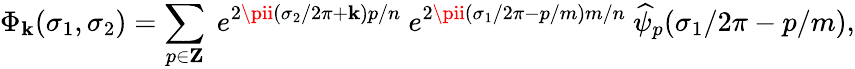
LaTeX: \Phi_{\mathbf{k}}(\sigma_{1},\sigma_{2})=\sum_{p\in{\mathbf{Z}}}~e^{2\pii(\sigma_{2}/2\pi+\mathbf{k})p/n}~e^{2\pii(\sigma_{1}/2\pi-p/m)m/n}~\widehat{{\psi}}_{p}(\sigma_{1}/2\pi-p/m),